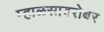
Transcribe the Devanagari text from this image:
म्हाळसाबरोबर